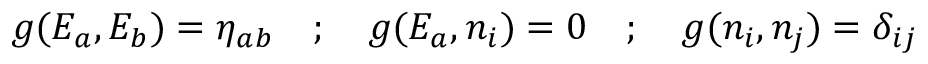
g ( E _ { a } , E _ { b } ) = { \eta } _ { a b } \quad ; \quad g ( E _ { a } , n _ { i } ) = 0 \quad ; \quad g ( n _ { i } , n _ { j } ) = { \delta } _ { i j }